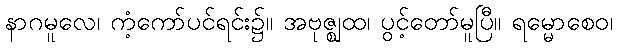
နာဂမူလေ၊ ကံ့ကော်ပင်ရင်း၌။ အဗုဇ္ဈထ၊ ပွင့်တော်မူပြီ။ ရမ္မောစေဝ၊